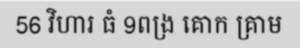
56 វិហារ ធំ 9ពង្រ គោក គ្រាម